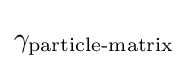
\gamma _{\text{particle-matrix}}